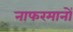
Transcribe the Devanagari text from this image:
नाफरमानों